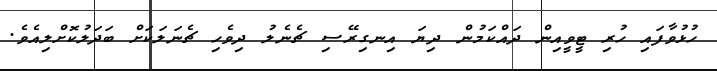
ހުޅުވާފައި ހުރި ޓީވީއިން ދައްކަމުން ދިޔަ އިނގިރޭސި ޗެނެލު ދިވެހި ޗެނަލަކަށް ބަދަލުކޮށްލިއެވެ.